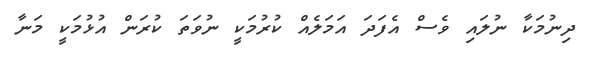
ދިނުމަކާ ނުލައި ވެސް އެފަދަ އަމަލެއް ކުރުމަކީ ނުވަތަ ކުރަން އުޅުމަކީ މަނާ